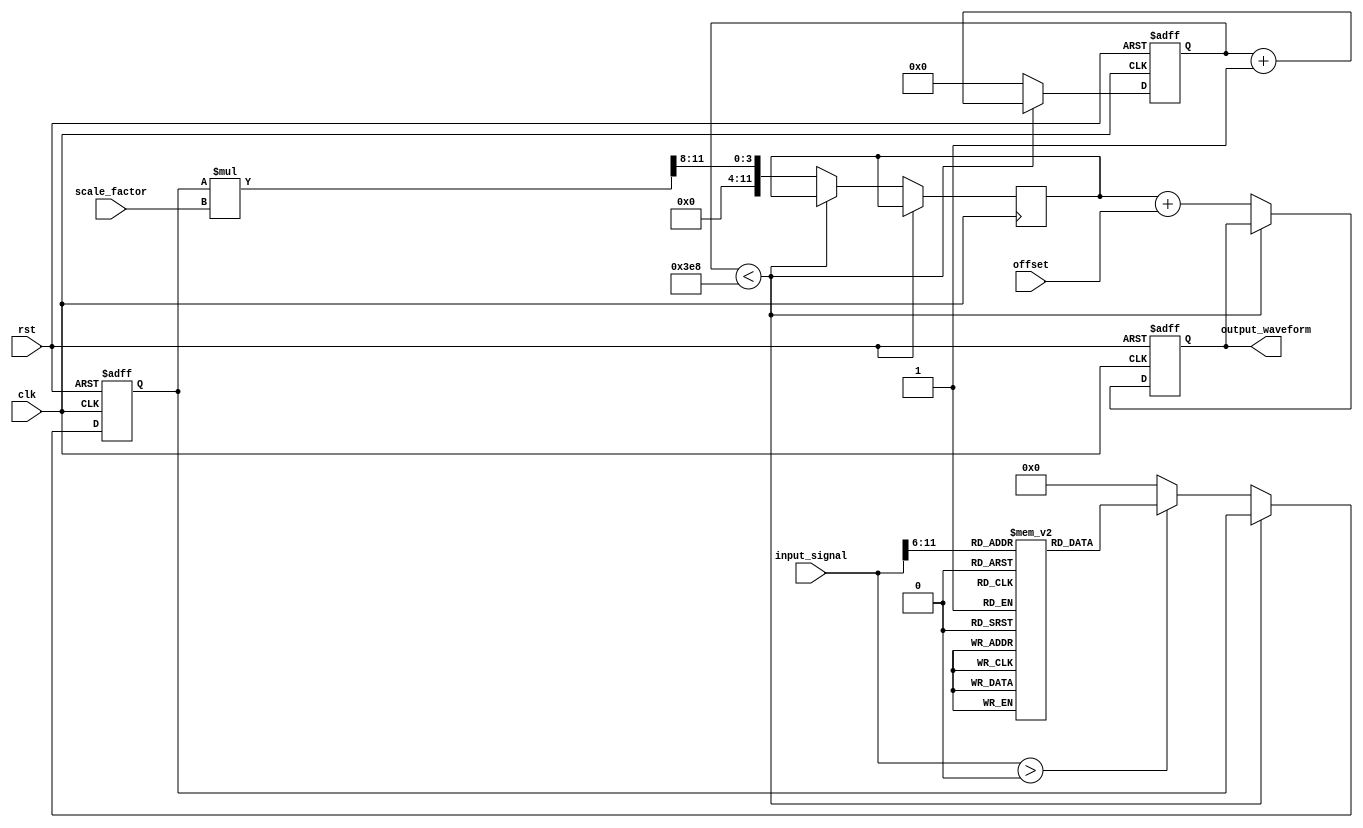
module LogarithmicWaveformGenerator (
    input wire clk,                 // Clock signal
    input wire rst,                 // Reset signal
    input wire [11:0] input_signal, // 12-bit input signal
    input wire [7:0] scale_factor,  // 8-bit scale factor for output
    input wire [11:0] offset,        // 12-bit offset for output
    output reg [11:0] output_waveform // 12-bit output waveform
);

// Internal signals
reg [11:0] log_result;
reg [11:0] scaled_output;

// Logarithm lookup table (LUT) for values in a range (0.1 to 10)
reg [11:0] log_lut [0:99]; // LUT for 100 values (dummy example)

// Frequency control logic (simplified for this example)
reg [15:0] counter;
parameter FREQ_DIVIDER = 1000; // Adjust based on your clock rate

// Initialize the log lookup table
initial begin
    // Populate the LUT with logarithm values (base 10)
    // Example values for demonstration: log(0.1) to log(10)
    log_lut[0]  = 12'h000; // log(0.1)
    log_lut[1]  = 12'h1A0; // log(0.2)
    log_lut[2]  = 12'h1E0; // log(0.3)
    // ...
    log_lut[98] = 12'h3FF; // log(9.9)
    log_lut[99] = 12'h400; // log(10)
end

// Logarithmic calculation based on input signal
always @(posedge clk or posedge rst) begin
    if (rst) begin
        log_result <= 12'h000; // Reset log result
        output_waveform <= 12'h000; // Reset output
        counter <= 0; // Reset counter
    end else begin
        // Frequency control (simple counter)
        if (counter < FREQ_DIVIDER) begin
            counter <= counter + 1;
        end else begin
            counter <= 0; // Reset counter for next cycle
            
            // Logarithmic calculation
            if (input_signal > 0) begin
                // Scale the input signal to index into the LUT
                // For simplicity, we assume the input is normalized to this range.
                log_result <= log_lut[input_signal[11:6]]; // Adjust indexing as necessary
            end else begin
                log_result <= 12'h000; // Avoid log of zero or negative
            end
            
            // Scale and offset the output
            scaled_output <= (log_result * scale_factor) >> 8; // Simple scaling
            output_waveform <= scaled_output + offset; // Apply offset
        end
    end
end

endmodule